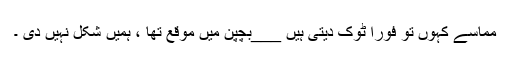
مماسے کہوں تو فوراً ٹوک دیتی ہیں ___بچپن میں موقع تھا ، ہمیں شکل نہیں دی ۔